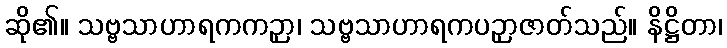
ဆို၏။ သဗ္ဗသာဟာရကကဉှာ၊ သဗ္ဗသာဟာရကပဉှာဇာတ်သည်။ နိဋ္ဌိတာ၊